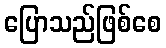
ပြောသည်ဖြစ်စေ